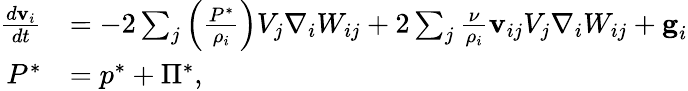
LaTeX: \begin{array}{rl}{\frac{d\textbf{v}_{i}}{dt}}&{=-2\sum_{j}\left(\frac{{P}^{*}}{\rho_{i}}\right)V_{j}\nabla_{i}W_{ij}+2\sum_{j}\frac{\nu}{\rho_{i}}\textbf{v}_{ij}V_{j}\nabla_{i}W_{ij}+\textbf{g}_{i}}\\ {{P}^{*}}&{={p}^{*}+{\Pi}^{*},}\end{array}